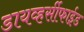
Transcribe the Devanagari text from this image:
डायव्हर्सीफाईड